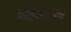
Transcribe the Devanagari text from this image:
ओशिक्वान्यामा